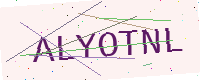
Text: ALYOTNL